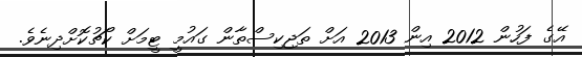
އޭގެ ފަހުން 2012 އިން 2013 އަށް ތަޖިކިސްތާން ގައުމީ ޓީމަށް ކޯޗުކޮށްދިނެވެ.